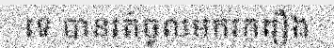
ទេ បានរត់ចូលមករករឿង